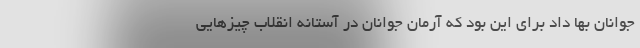
جوانان بها داد برای این بود که آرمان جوانان در آستانه انقلاب چیزهایی